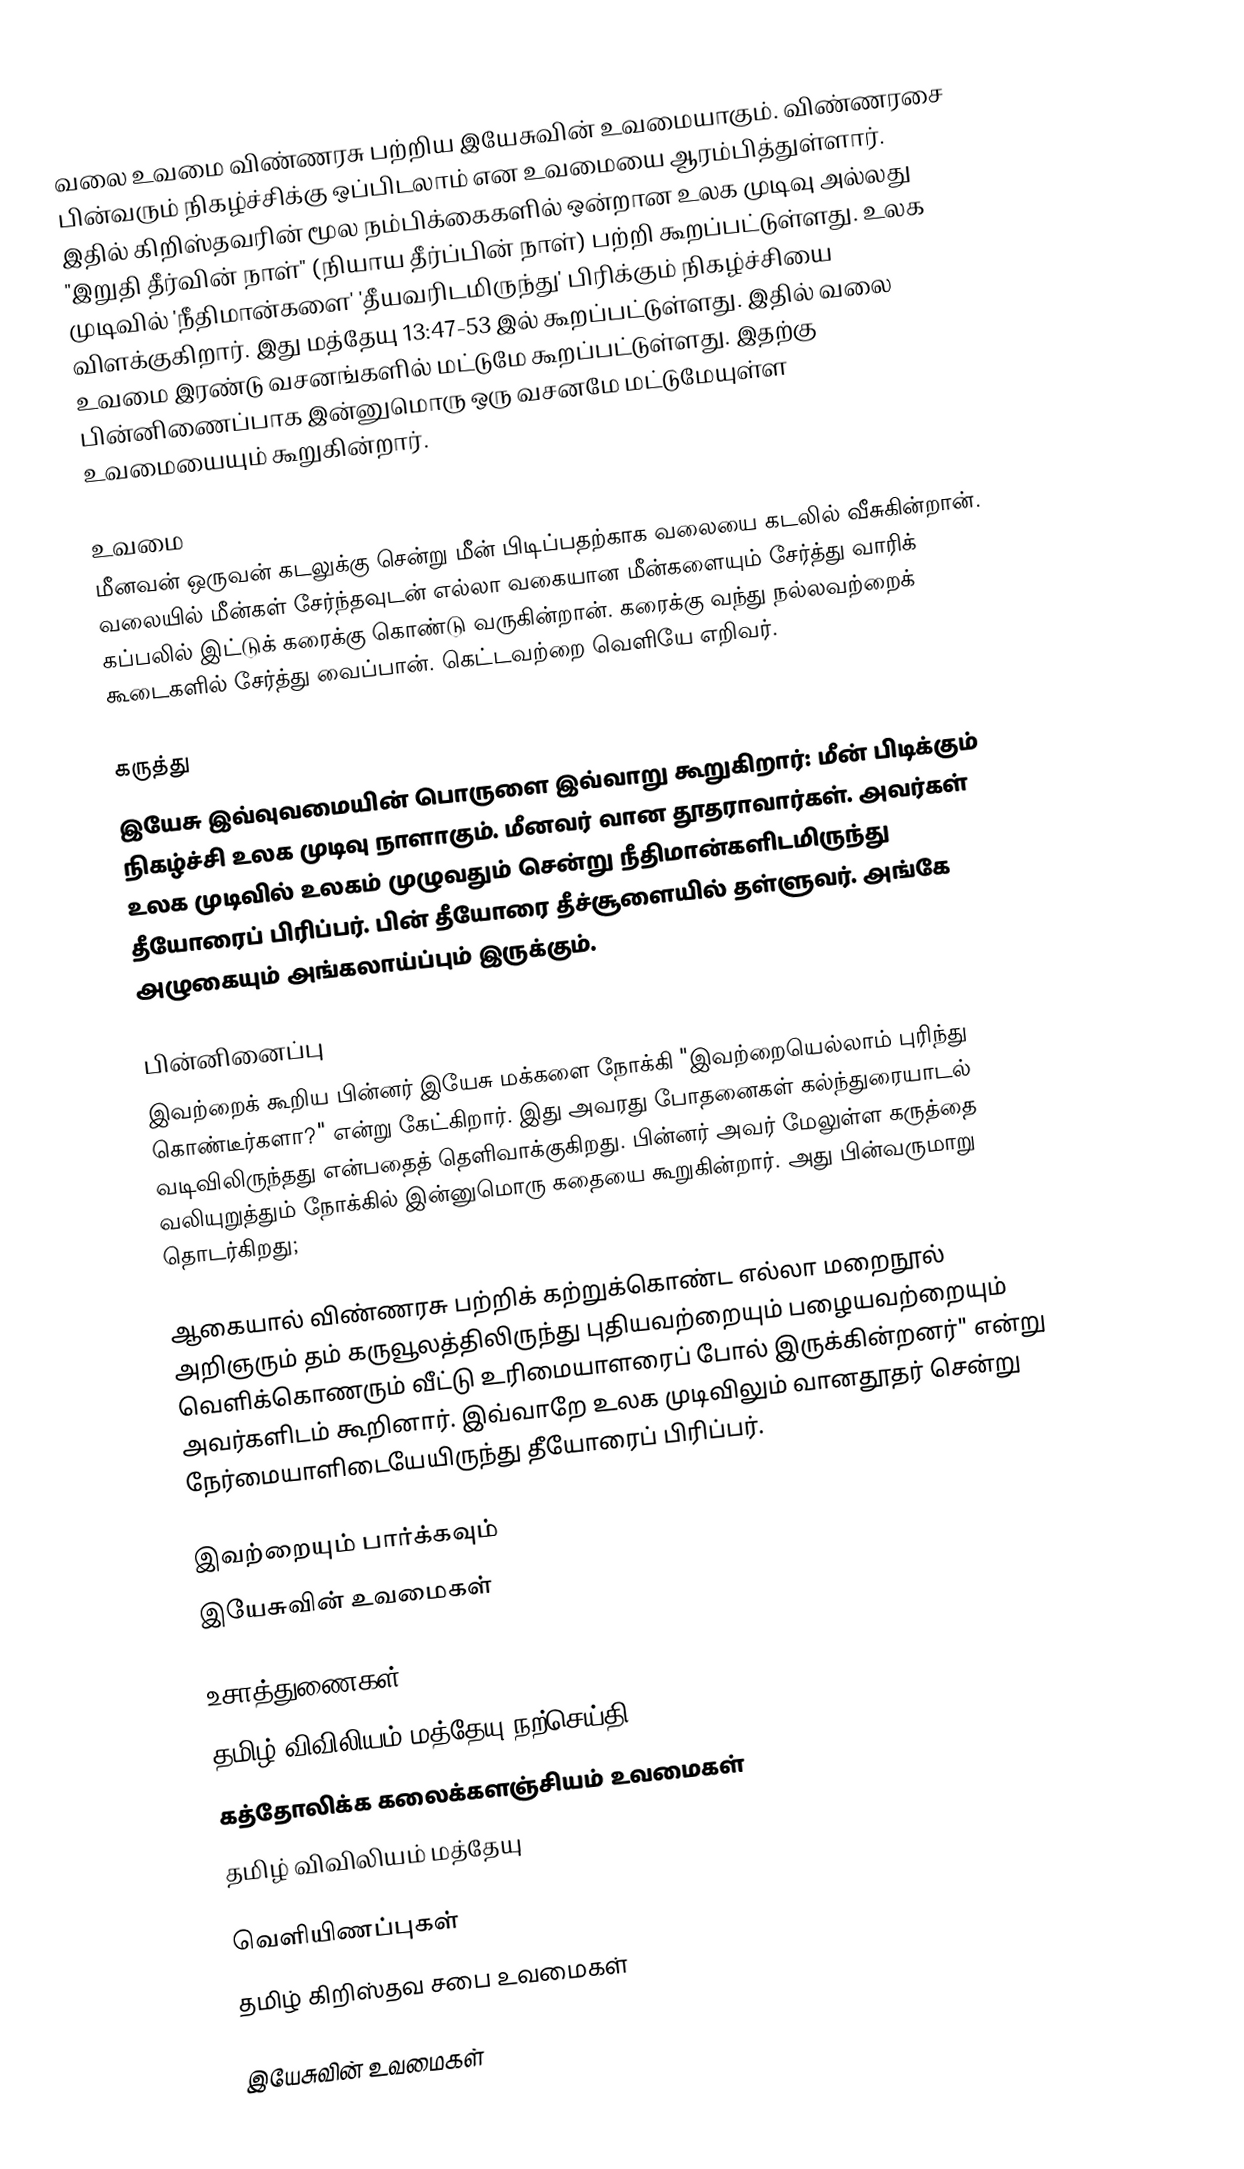
வலை உவமை விண்ணரசு பற்றிய இயேசுவின் உவமையாகும். விண்ணரசை பின்வரும் நிகழ்ச்சிக்கு ஒப்பிடலாம் என உவமையை ஆரம்பித்துள்ளார்.  இதில் கிறிஸ்தவரின் மூல நம்பிக்கைகளில் ஒன்றான உலக முடிவு அல்லது "இறுதி தீர்வின் நாள்" (நியாய தீர்ப்பின் நாள்) பற்றி கூறப்பட்டுள்ளது. உலக முடிவில் 'நீதிமான்களை' 'தீயவரிடமிருந்து' பிரிக்கும் நிகழ்ச்சியை விளக்குகிறார். இது மத்தேயு 13:47-53 இல் கூறப்பட்டுள்ளது. இதில் வலை உவமை இரண்டு வசனங்களில் மட்டுமே கூறப்பட்டுள்ளது. இதற்கு பின்னிணைப்பாக இன்னுமொரு ஒரு வசனமே மட்டுமேயுள்ள உவமையையும் கூறுகின்றார்.

உவமை
மீனவன் ஒருவன் கடலுக்கு சென்று மீன் பிடிப்பதற்காக வலையை கடலில் வீசுகின்றான். வலையில் மீன்கள் சேர்ந்தவுடன் எல்லா வகையான மீன்களையும் சேர்த்து வாரிக் கப்பலில் இட்டுக் கரைக்கு கொண்டு வருகின்றான். கரைக்கு வந்து நல்லவற்றைக் கூடைகளில் சேர்த்து வைப்பான். கெட்டவற்றை வெளியே எறிவர்.

கருத்து
இயேசு இவ்வுவமையின் பொருளை இவ்வாறு கூறுகிறார்: மீன் பிடிக்கும் நிகழ்ச்சி உலக முடிவு நாளாகும். மீனவர் வான தூதராவார்கள். அவர்கள் உலக முடிவில் உலகம் முழுவதும் சென்று நீதிமான்களிடமிருந்து தீயோரைப் பிரிப்பர். பின் தீயோரை தீச்சூளையில் தள்ளுவர். அங்கே அழுகையும் அங்கலாய்ப்பும் இருக்கும்.

பின்னினைப்பு
இவற்றைக் கூறிய பின்னர் இயேசு மக்களை நோக்கி  "இவற்றையெல்லாம் புரிந்து கொண்டீர்களா?" என்று கேட்கிறார். இது அவரது போதனைகள் கல்ந்துரையாடல் வடிவிலிருந்தது என்பதைத் தெளிவாக்குகிறது. பின்னர் அவர் மேலுள்ள கருத்தை வலியுறுத்தும் நோக்கில் இன்னுமொரு கதையை கூறுகின்றார். அது பின்வருமாறு தொடர்கிறது;

ஆகையால் விண்ணரசு பற்றிக் கற்றுக்கொண்ட எல்லா மறைநூல் அறிஞரும் தம் கருவூலத்திலிருந்து புதியவற்றையும் பழையவற்றையும் வெளிக்கொணரும் வீட்டு உரிமையாளரைப் போல் இருக்கின்றனர்" என்று அவர்களிடம் கூறினார். இவ்வாறே உலக முடிவிலும் வானதூதர் சென்று நேர்மையாளிடையேயிருந்து தீயோரைப் பிரிப்பர்.

இவற்றையும் பார்க்கவும்
இயேசுவின் உவமைகள்

உசாத்துணைகள்
 தமிழ் விவிலியம் மத்தேயு நற்செய்தி
 கத்தோலிக்க கலைக்களஞ்சியம் உவமைகள்
 தமிழ் விவிலியம் மத்தேயு

வெளியிணப்புகள்
தமிழ் கிறிஸ்தவ சபை  உவமைகள்

இயேசுவின் உவமைகள்